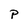
Character: P